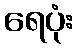
ရေပုံး